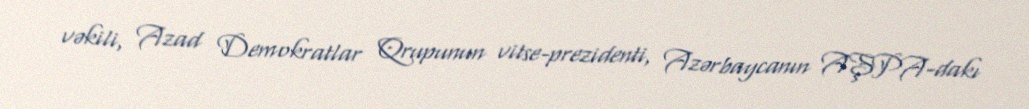
vəkili, Azad Demokratlar Qrupunun vitse-prezidenti, Azərbaycanın AŞPA-dakı